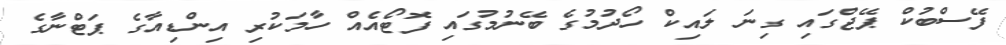
ފޭސްބުކް ޕޭޖްގައި ގިނަ ލައިކް ހޯދުމުގެ ބޭނުމުގައި ފޮޓޯއެއް ހާމަކުރި އިންޑިއާގެ ޕަޓްނާގެ